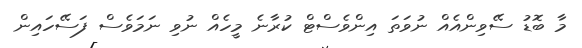
މާ ބޮޑު ސޭވިންއެއް ނުވަތަ އިންވެސްޓް ކުރާނެ މީހެއް ނުވި ނަމަވެސް ފަސޭހައިން